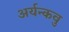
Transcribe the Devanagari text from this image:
अर्यन्कवु